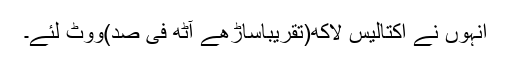
انہوں نے اکتالیس لاکھ(تقریباساڑھے آٹھ فی صد)ووٹ لئے۔